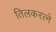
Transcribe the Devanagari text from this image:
तिलकरत्‍ने